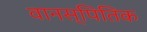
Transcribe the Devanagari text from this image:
वानस्पितिक